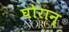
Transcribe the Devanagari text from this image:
घोरान्